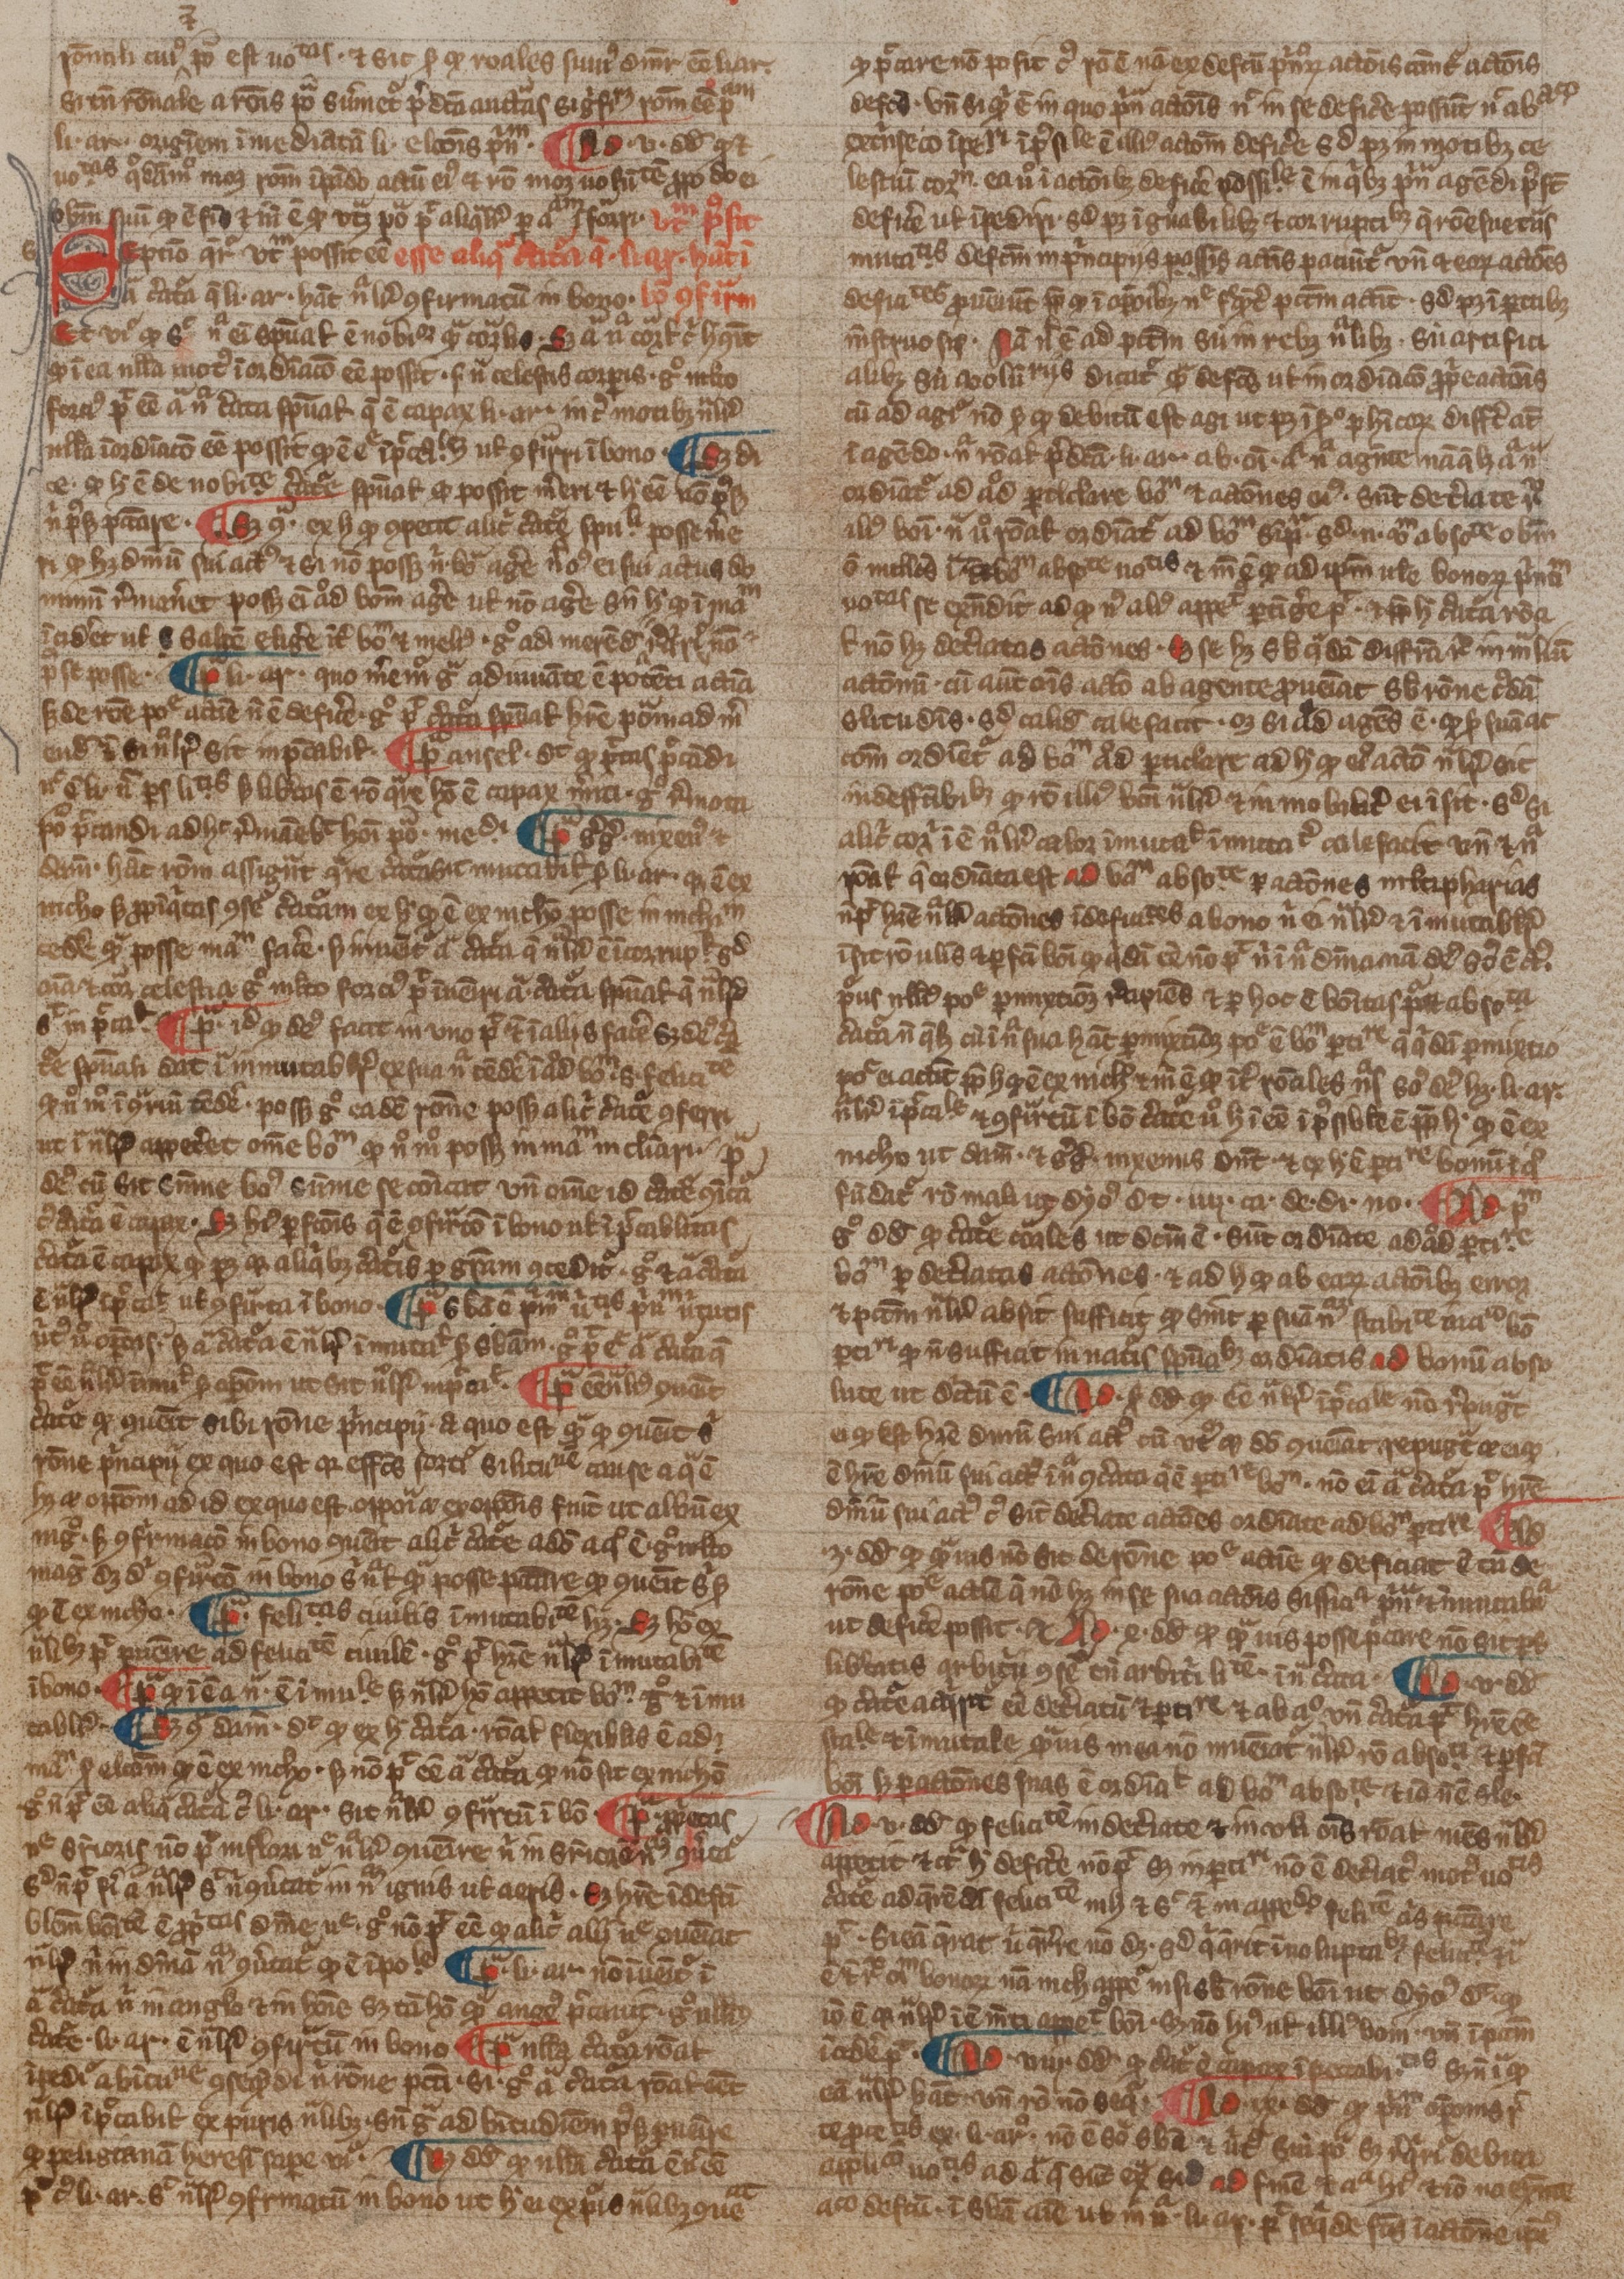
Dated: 1300–1399